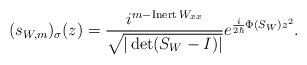
LaTeX: \begin{align*}(s_{W,m})_{\sigma}(z)=\frac{i^{m-\operatorname*{Inert}W_{xx}}}{\sqrt{|\det(S_{W}-I)|}}e^{\frac{i}{2\hbar}\Phi(S_{W})z^{2}}. \end{align*}